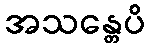
အသန္တေပိ